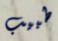
طبيب